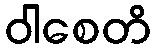
ဝါစေတိ